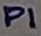
Text: P1